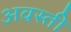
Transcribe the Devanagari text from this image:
अवस्ती